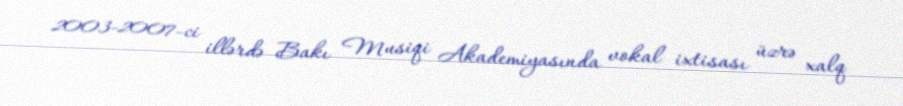
2003-2007-ci illərdə Bakı Musiqi Akademiyasında vokal ixtisası üzrə xalq